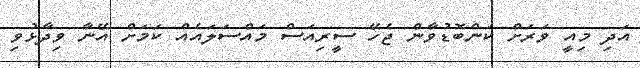
އަދި މިއީ ވަރަށް ކަންބޮޑުވާން ޖެހޭ ސީރިއަސް މައްސަލައެއް ކަމަށް އޭނާ ވިދާޅުވި